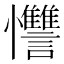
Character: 𱟚